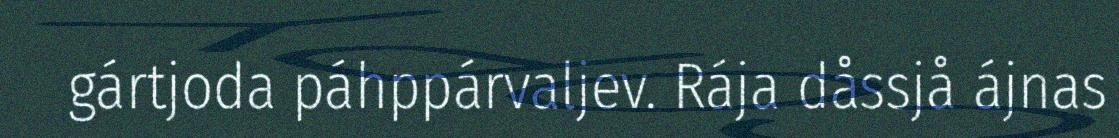
gártjoda páhppárvaljev. Rája dåssjå ájnas